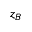
z _ { B }